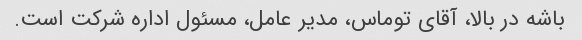
باشه در بالا، آقای توماس، مدیر عامل، مسئول اداره شرکت است.